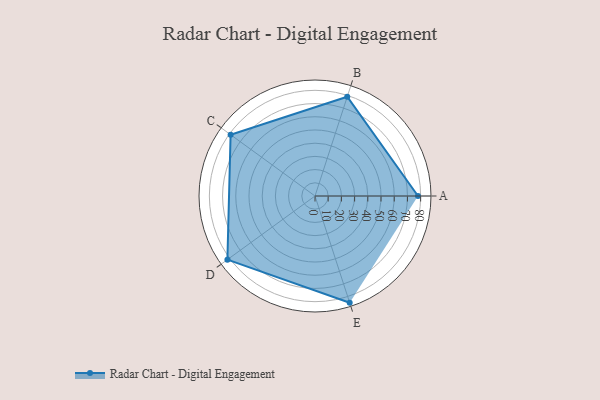
{"axis": {"x": "Skill", "y": "Score"}, "legend": ["Profile"], "data": [{"x": "A", "y": 78.0, "type": "Profile"}, {"x": "B", "y": 79.0, "type": "Profile"}, {"x": "C", "y": 79.0, "type": "Profile"}, {"x": "D", "y": 82.0, "type": "Profile"}, {"x": "E", "y": 85.0, "type": "Profile"}]}